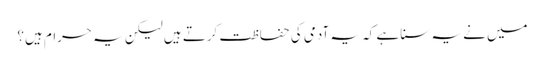
میں نے یہ سنا ہے کہ یہ آدمی کی حفاظت کرتے ہیں لیکن یہ حرام ہیں؟